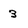
Character: 3